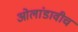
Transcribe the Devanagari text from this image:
ओलांडावीच